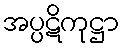
အပ္ပဋိကုဋ္ဌာ